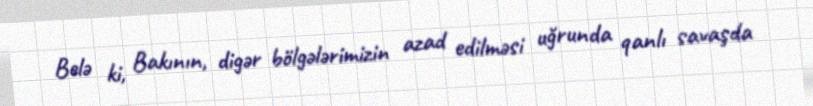
Belə ki, Bakının, digər bölgələrimizin azad edilməsi uğrunda qanlı savaşda